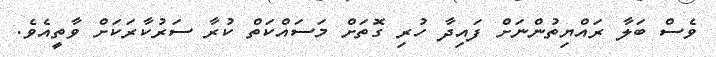
ވެސް ބަލާ ރައްޔިތުންނަށް ފައިދާ ހުރި ގޮތަށް މަސައްކަތް ކުރާ ސަރުކާރަކަށް ވާތީއެވެ.